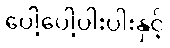
ပေါ့ပေါ့ပါးပါးနှင့်